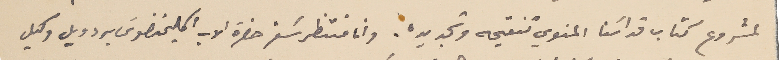
لمشروع كتاب قداسَنا المنوي تنقيحه وتجديده. وانا منتظر سَفر حضرة الاب اكليمنضوسَ بردويل وكيل